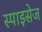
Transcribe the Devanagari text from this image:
स्पाइसेज